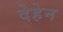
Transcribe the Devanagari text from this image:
देहेन